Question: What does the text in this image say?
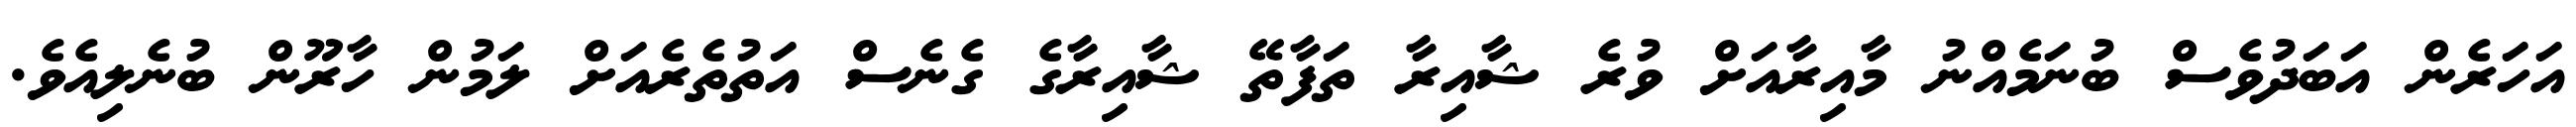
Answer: އަހަރެން އަބަދުވެސް ބުނަމެއްނު މާއިރާއަށް ވުރެ ޝާއިރާ ތަފާތޭ ޝާއިރާގެ ގެނެސް އަތުތެރެއަށް ލަމުން ހާރޫން ބުނެލިއެވެ.